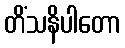
တိံသနိပါတော